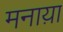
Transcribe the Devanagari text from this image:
मनाय़ा